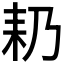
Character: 𮋣